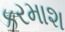
કરમાશ